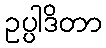
ဥပ္ပါဒိတာ